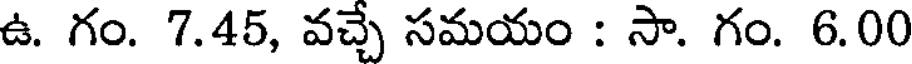
ఉ. గం. 7.45, వచ్చే సమయం : సా. గం. 6.00